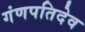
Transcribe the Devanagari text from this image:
गंणपतिदेव